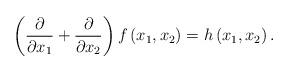
\begin{align*}\left(\frac{\partial}{\partial x_{1}}+\frac{\partial}{\partial x_{2}}\right)f\left(x_{1},x_{2}\right)=h\left(x_{1},x_{2}\right).\end{align*}